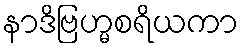
နာဒိဗြဟ္မစရိယကာ